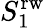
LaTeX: S_{1}^{\mathrm{rw}}